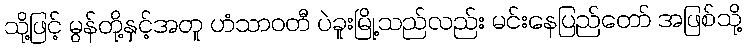
သို့ဖြင့် မွန်တို့နှင့်အတူ ဟံသာဝတီ ပဲခူးမြို့သည်လည်း မင်းနေပြည်တော် အဖြစ်သို့